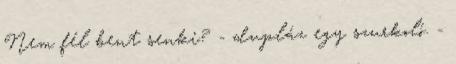
Nem fél bent senki? - dupláz egy szurkoló. -